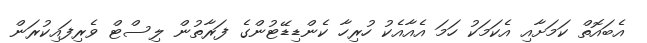
އެބައޮތް ކަމަށާއި އެކަމަކު ހަމަ އެއާއެކު ހުރިހާ ކެންޑިޑޭޓުންގެ ފަރާތުން ލިސްޓް ވެރިފައިކުރަން